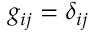
g _ { i j } = \delta _ { i j }